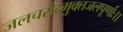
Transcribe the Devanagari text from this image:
जलचरोन्मुक्तजलपूर्णाः।।